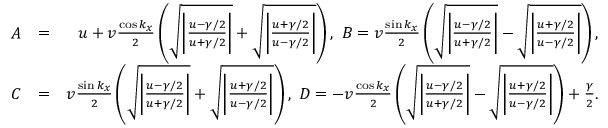
\begin{array} { r l r } { A } & { = } & { u + v \frac { \cos k _ { x } } { 2 } \left( \sqrt { \bigg | \frac { u - \gamma / 2 } { u + \gamma / 2 } \bigg | } + \sqrt { \bigg | \frac { u + \gamma / 2 } { u - \gamma / 2 } \bigg | } \right) , ~ B = v \frac { \sin k _ { x } } { 2 } \left( \sqrt { \bigg | \frac { u - \gamma / 2 } { u + \gamma / 2 } \bigg | } - \sqrt { \bigg | \frac { u + \gamma / 2 } { u - \gamma / 2 } \bigg | } \right) , } \\ { C } & { = } & { v \frac { \sin k _ { x } } { 2 } \left( \sqrt { \bigg | \frac { u - \gamma / 2 } { u + \gamma / 2 } \bigg | } + \sqrt { \bigg | \frac { u + \gamma / 2 } { u - \gamma / 2 } \bigg | } \right) , ~ D = - v \frac { \cos k _ { x } } { 2 } \left( \sqrt { \bigg | \frac { u - \gamma / 2 } { u + \gamma / 2 } \bigg | } - \sqrt { \bigg | \frac { u + \gamma / 2 } { u - \gamma / 2 } \bigg | } \right) + \frac { \gamma } { 2 } . } \end{array}